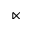
\ltimes